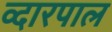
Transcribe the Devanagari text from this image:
व्दारपाल